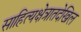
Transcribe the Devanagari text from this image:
साहित्यक्षेत्रातदेखिल